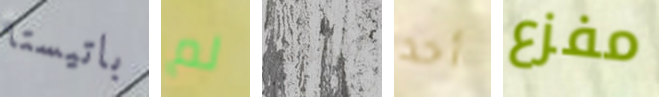
باتيستا لم لتكوين أحد مفزع